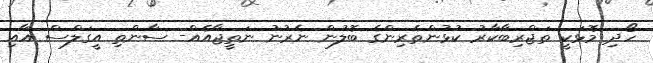
ހޯދި މޮޅަކީ ތަޖްރިބާކާރު ކުޅުންތެރިންގެ ބޮލުން ނެރުނު ނަތީޖާއެއް- ސާންތި އީގަލްސް އާއި